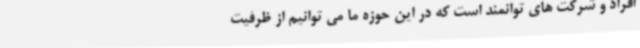
افراد و شرکت های توانمند است که در این حوزه ما می توانیم از ظرفیت